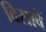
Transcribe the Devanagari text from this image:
दिसावें